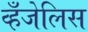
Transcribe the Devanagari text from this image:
व्हँजेलिस